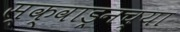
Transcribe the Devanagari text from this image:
स्क्वाड्रनच्या